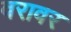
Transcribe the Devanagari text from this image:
वरावर